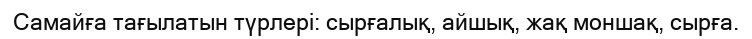
Самайға тағылатын түрлері: сырғалық, айшық, жақ моншақ, сырға.